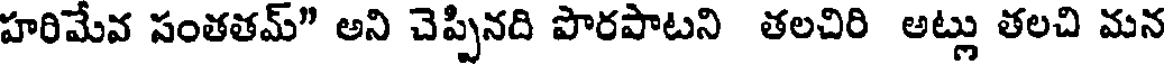
హరిమేవ సంతతమ్" అని చెప్పినది పొరపాటని తలచిరి అట్లు తలచి మన